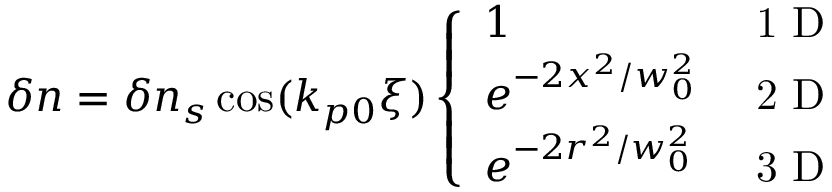
\begin{array} { r } { \delta n = \delta n _ { s } \cos ( k _ { p 0 } \xi ) \left\{ \begin{array} { l l } { 1 } & { \mathrm { ~ 1 ~ D ~ } } \\ { e ^ { - 2 x ^ { 2 } / w _ { 0 } ^ { 2 } } } & { \mathrm { ~ 2 ~ D ~ } } \\ { e ^ { - 2 r ^ { 2 } / w _ { 0 } ^ { 2 } } } & { \mathrm { ~ 3 ~ D ~ } } \end{array} \right. } \end{array}